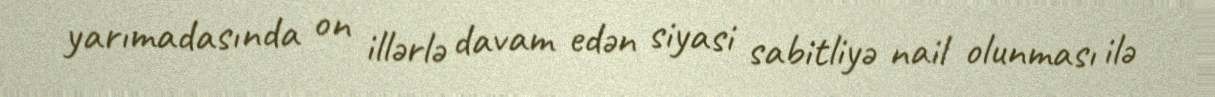
yarımadasında on illərlə davam edən siyasi sabitliyə nail olunması ilə